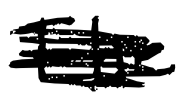
Text: The
Cross-out: mix
Writing tool: digital_black